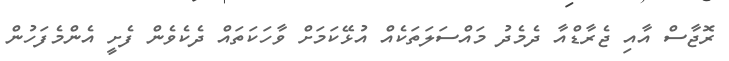
ރޮޖާސް އާއި ޖެރާޑްއާ ދެމެދު މައްސަލަތަކެއް އުޅޭކަމަށް ވާހަކަތައް ދެކެވެން ފެށީ އެންމެފަހުން